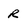
Character: R